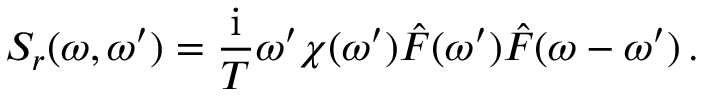
S _ { r } ( \omega , \omega ^ { \prime } ) = \frac { \mathrm { i } } { T } \omega ^ { \prime } \chi ( \omega ^ { \prime } ) \hat { F } ( \omega ^ { \prime } ) \hat { F } ( \omega - \omega ^ { \prime } ) \, .